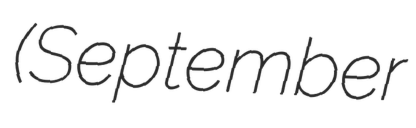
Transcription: (September